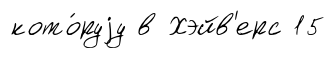
кото́руjу в Хэйв'ерс 15